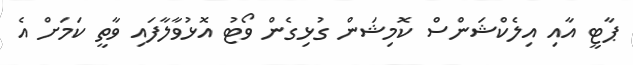
ޕާޓީ އާއި އިލެކްޝަންސް ކޮމިޝަން ގުޅިގެން ވޯޓު އޮޅުވާލާފައި ވާތީ ކަމަށް އެ